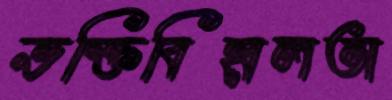
ভক্তিবিহ্বলতা